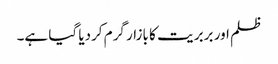
ظلم اور بربر یت کا بازار گرم کردیا گیا ہے۔